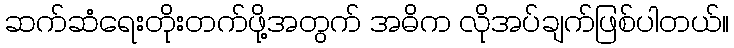
ဆက်ဆံရေးတိုးတက်ဖို့အတွက် အဓိက လိုအပ်ချက်ဖြစ်ပါတယ်။